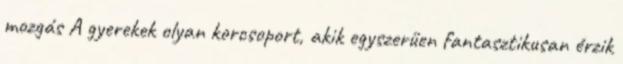
mozgás A gyerekek olyan korcsoport, akik egyszerűen fantasztikusan érzik